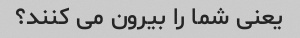
یعنی شما را بیرون می کنند؟